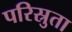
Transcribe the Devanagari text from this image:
परिस्रुता